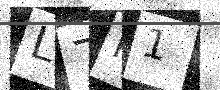
Text: L7I1